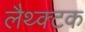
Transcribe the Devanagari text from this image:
लैथ्क्टक